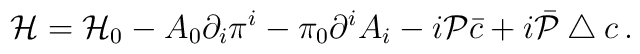
{\cal H}={\cal H}_0- A_0\partial_i \pi^i - \pi_0\partial^i A_i - i {\cal P}\bar {c} +i\bar{\cal P} \bigtriangleup c\,.